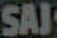
SAJ